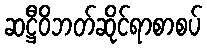
ဆဋ္ဌီဝိဘတ်ဆိုင်ရာစာစပ်